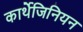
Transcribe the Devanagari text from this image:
कार्थेजिनियन